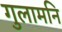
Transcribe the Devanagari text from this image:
गुलामनि